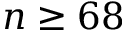
n \geq 6 8